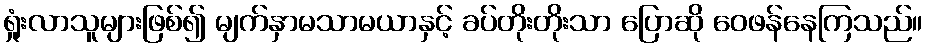
ရှုံးလာသူများဖြစ်၍ မျက်နှာမသာမယာနှင့် ခပ်တိုးတိုးသာ ပြောဆို ဝေဖန်နေကြသည်။